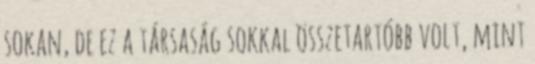
sokan, de ez a társaság sokkal összetartóbb volt, mint